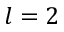
l = 2